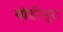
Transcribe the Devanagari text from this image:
बाॅडीसूट